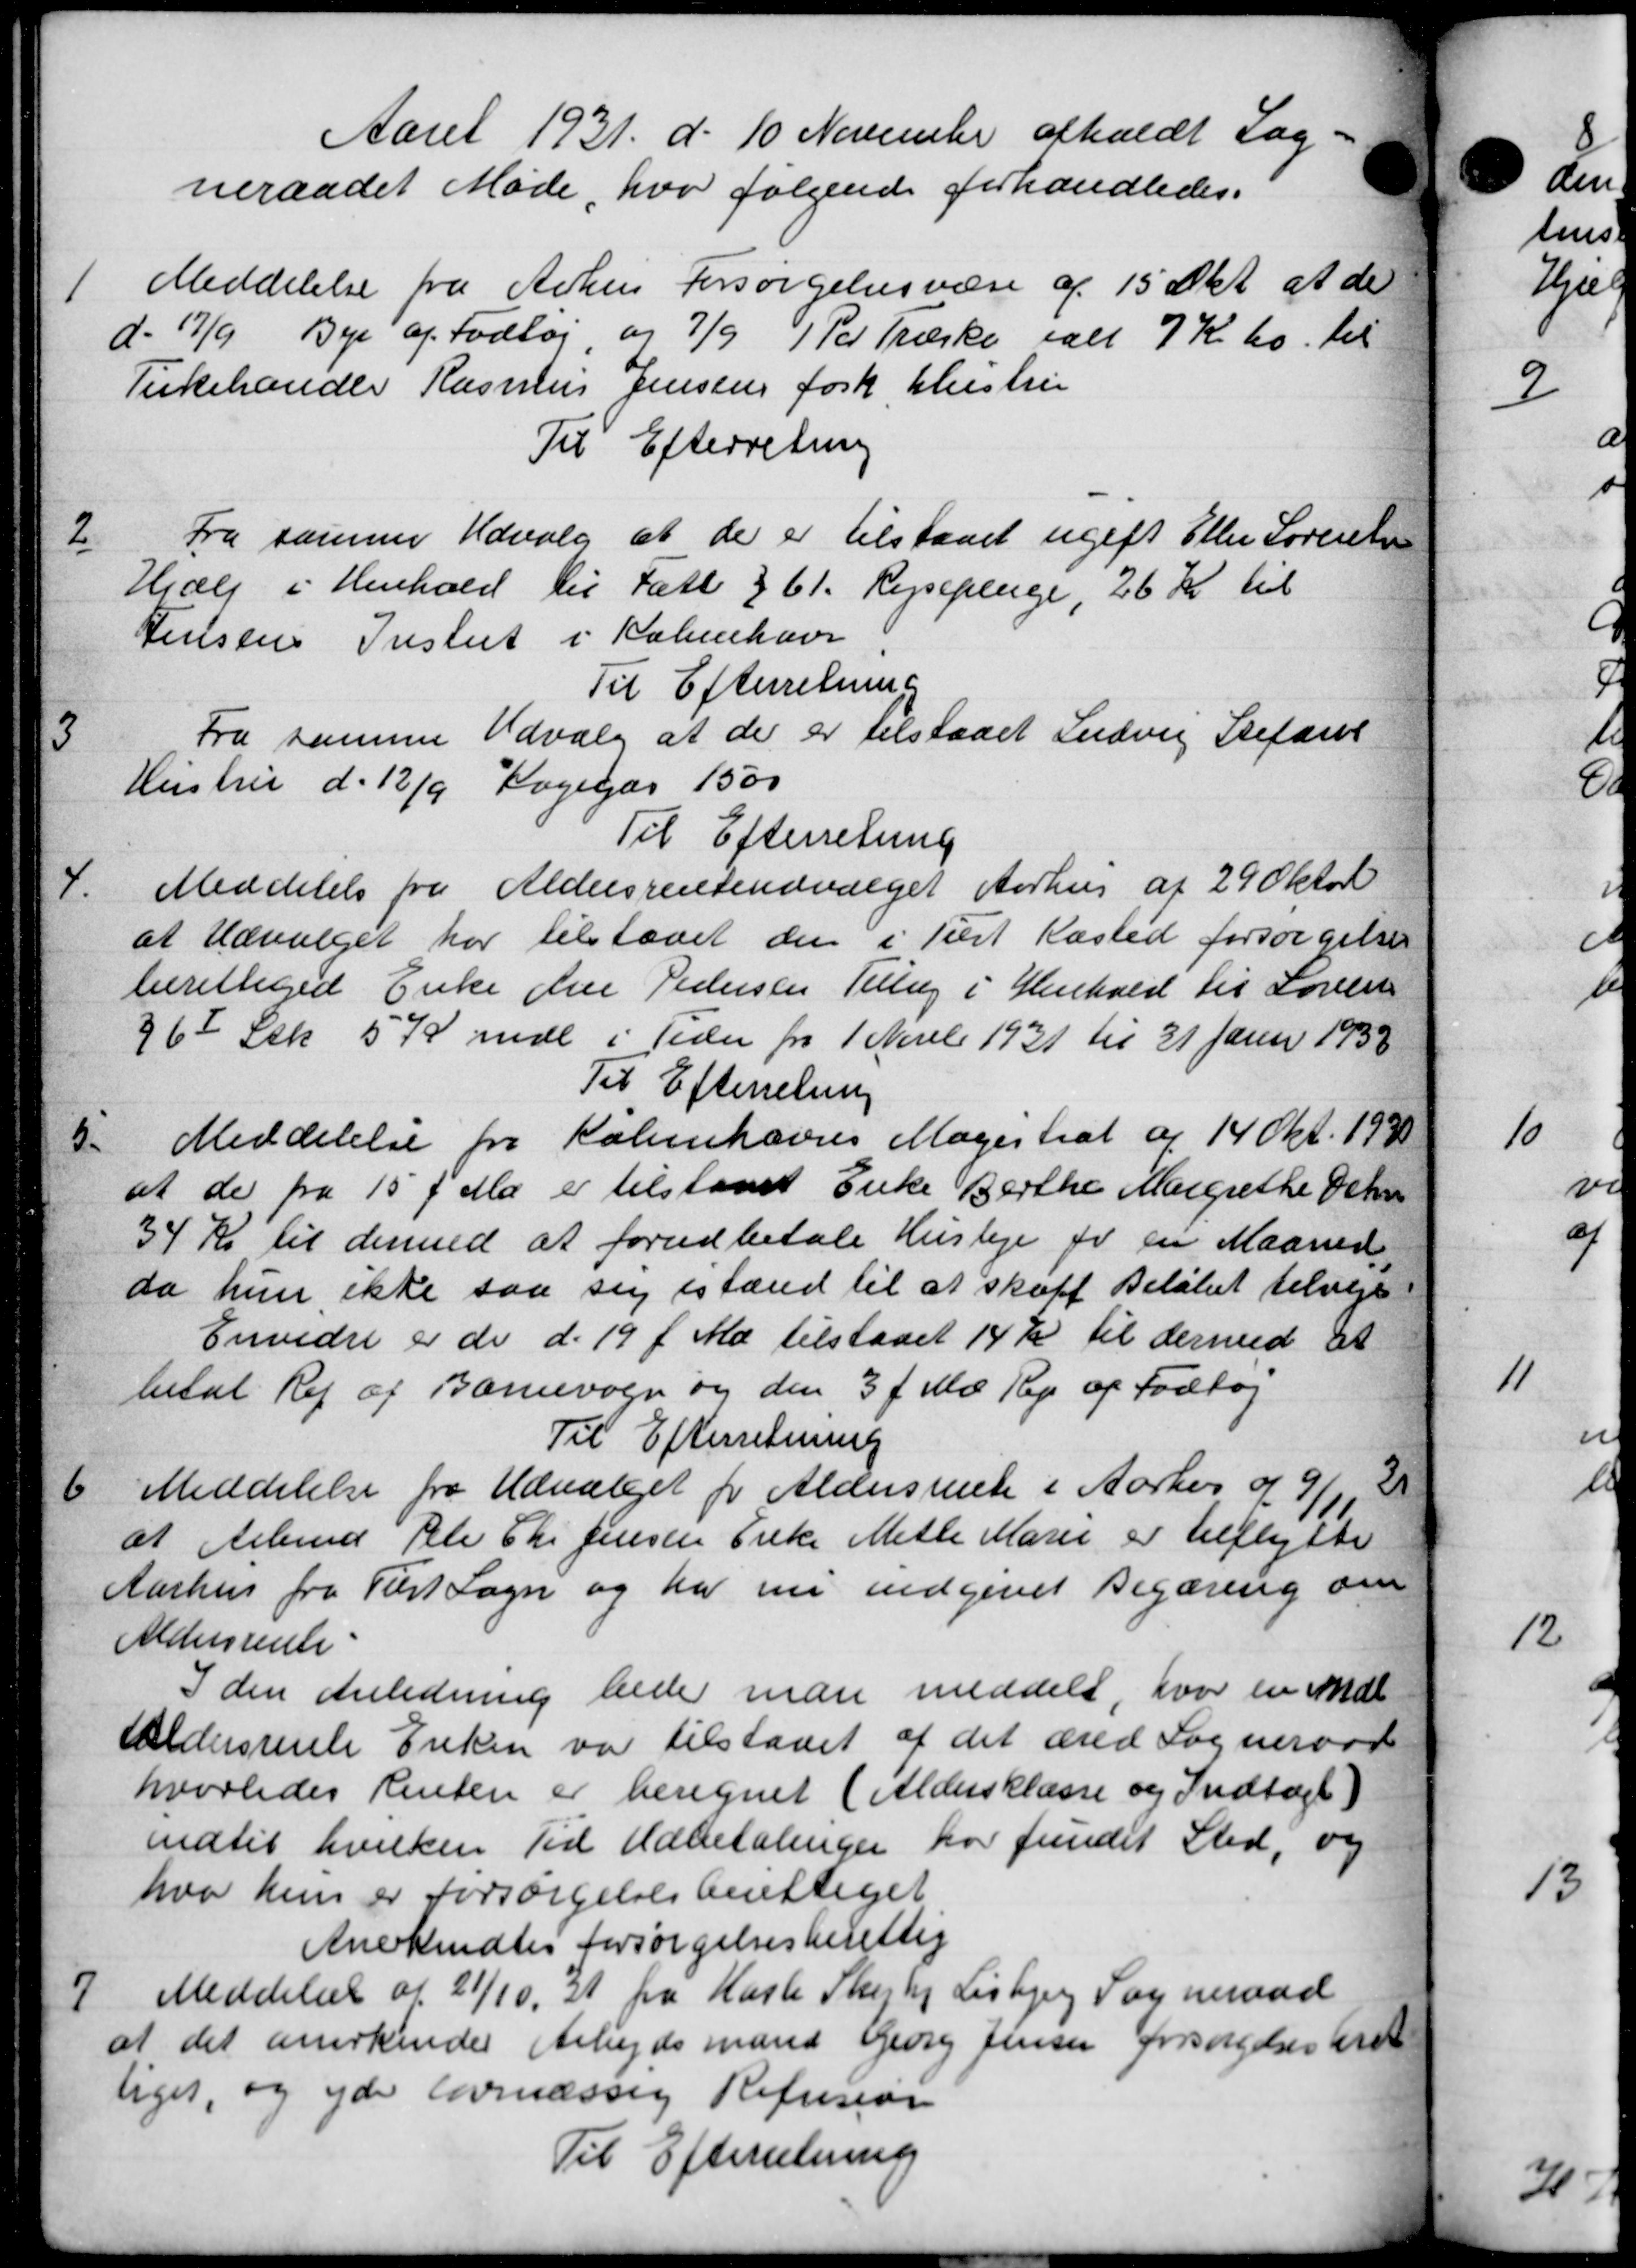
Transskription:
Aaret 1931 d. 10 November afholdt Sag
neraadet Møde, hvor følgende forhandledes.

Meddelelse fra Århus Forsørgelsesvæse af 15 Okt. at de
d. 17/9 Bye af Fodtøj og 7/9 Per Træske ialt 7 Kr. ho. til
Tirkehandle Rasmus Jensens for hustru
Til Efterretning

Fra samme Udvalg at de er tilstaaet ugift Eller Sørensen
Hjælp i Henhold til Fatt § 61. Rejsepenge, 26 Kr til
Jensens Instut i København
Til Efterretning

Fra samme Udvalg at der er tilstaaet Ludvig Stefans
Hustru d. 12/9 Kogegas 1500
Til Efterretning

Meddelelse fra Aldersrenteudvalget Aarhus af 29 Oktob
at Udvalget har tilstaaet den i Tilst Kasted forsørgelses
berettiget Enke Anne Pedersen Tillæg i Henhold til Loven
36 Stk 5 Kr mdl i Tiden fra 1 Novebr 1931 til 21 Juni 1938
Til Efterretning

Meddelelse fra Københavns Magistrat af 14 Okt. 1930
at de fra 15 f. Maj er tilstaaet Enke Berthe Margrethe Schn
34 Kr til dermed at forudbetale Husleje for en Maaned,
da hun ikke saa sig istand til at skaffe Beløbet tilveje
Envidre er de d. 19 f. Md. tilstaaet 14 Kr til dermed at
betal Rej af Barnevogn og den 3 f. Md. Rep af Fodtøj
Til Efterretning

Meddelelse fra Udvalget for Aldersrente i Aarhus af 9/1, 2
at Arbmd Peter Chr Jensen Enke Mette Marie er tilflytte
Aarhus fra Turt Sogn og har nu indgivet Begæring om
Aldersrente.
I den Anledning bede man meddelt, hvor en mdl
Aldersrente Enken var tilstaaet af det æred Sogneraad
hvorledes Renten er beregnet (Aldersklasse og Indtægt)
indtil hvilken Tid Udbetalinger har fundet Sted, og
hvor hun er forsørgelsesberettiget
Anerkendtes forsørgelsesberettig
7
Meddelels af 21/10, 31 fra Hasle Skejby Lisbjerg Sogneraad
at det anerkender Arbejdsmand Georg Jensen forsørgelsesberet
liges, og yde lovmæssig Refusion
Til Efterretning